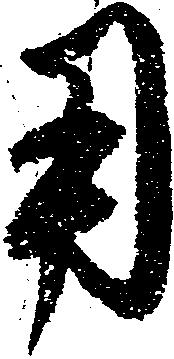
用